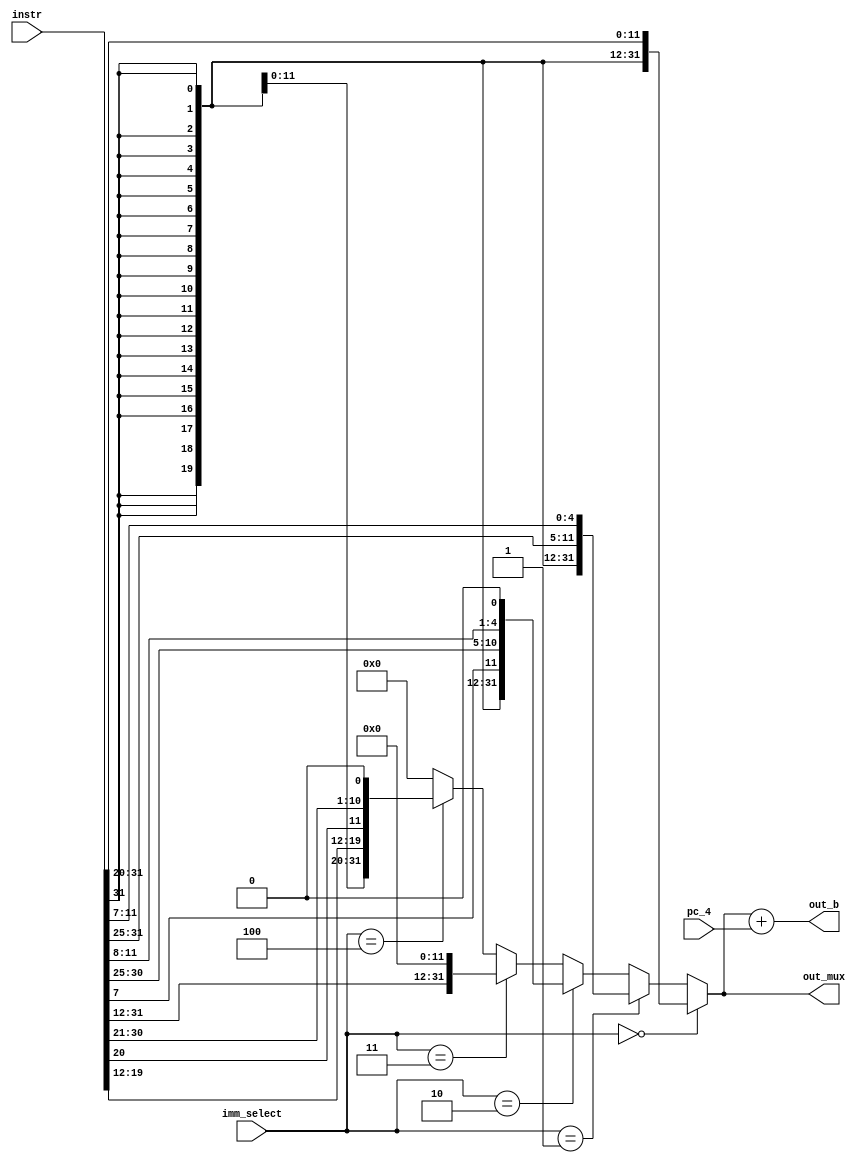
module sign_extension(
     instr,
     imm_select,
     pc_4,
     out_mux,
     out_b
);
  
  input [31:0]pc_4;
  input [2:0] imm_select;

  input [31:0] instr;
  output [31:0] out_mux;
  output [31:0] out_b;
    // assign opcode = instr[6:0];

  assign opS=7'b0100011;
  assign opI=7'b0010011;
  assign opB=7'b1100011;
  assign opU=7'b0110111;
  assign opJ=7'b1101111;
  // assinging all variable

  wire [31:0] M1,M2,M3,M4,M5;

       
            // Check for opcode matches
               assign   M1 = {{21{instr[31]}} , instr[30:25], instr[24:21], instr[20]};
               assign   M2 = {{21{instr[31]}}, instr[30:25], instr[11:8], instr[7]};
              assign   M3 = {{20{instr[31]}}, instr[7], instr[30:25], instr[11:8], 1'b0};
                 assign M4 = {instr[31], instr[30:20], instr[19:12], 12'b0};
               assign  M5 = {{12{instr[31]}}, instr[19:12], instr[20], instr[30:25], instr[24:21], 1'b0};
  
    assign out_mux = (imm_select == 3'b000) ? M1 :
                (imm_select == 3'b001) ? M2 :
                (imm_select == 3'b010) ? M3 :
                (imm_select == 3'b011) ? M4 :
                (imm_select == 3'b100) ? M5 :
                32'b0; // selecting the default pin
         
    
     assign out_b=out_mux+pc_4;

endmodule